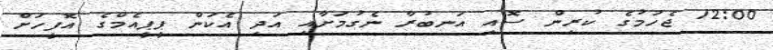
12:00 ޖެހުމުގެ ކުރިން ސޮއި އަނބުރާ ނެގުމަށާއި އަދި އެކަން ޕީޕީއެމްގެ އޮފީހަށް